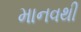
માનવથી